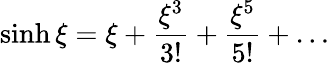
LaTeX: \sinh\xi=\xi+\frac{\xi^{3}}{3!}+\frac{\xi^{5}}{5!}+\ldots